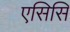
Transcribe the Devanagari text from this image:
एसिसि